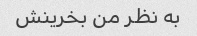
به نظر من بخرینش